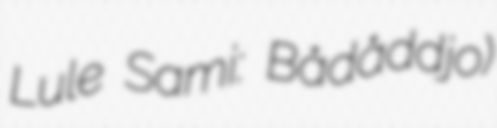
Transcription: Lule Sami: Bådåddjo)